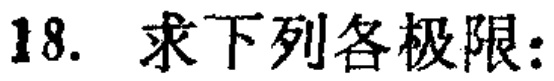
18. 求下列各极限：